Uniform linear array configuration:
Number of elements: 32
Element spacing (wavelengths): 1
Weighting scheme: cosine
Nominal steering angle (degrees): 30
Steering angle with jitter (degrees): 29.947
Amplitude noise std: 0.05
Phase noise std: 0.05

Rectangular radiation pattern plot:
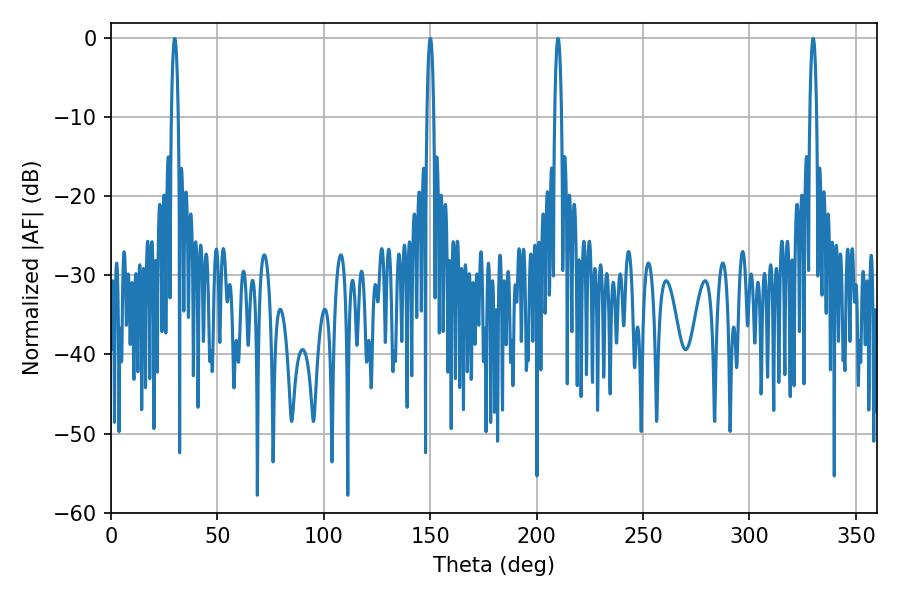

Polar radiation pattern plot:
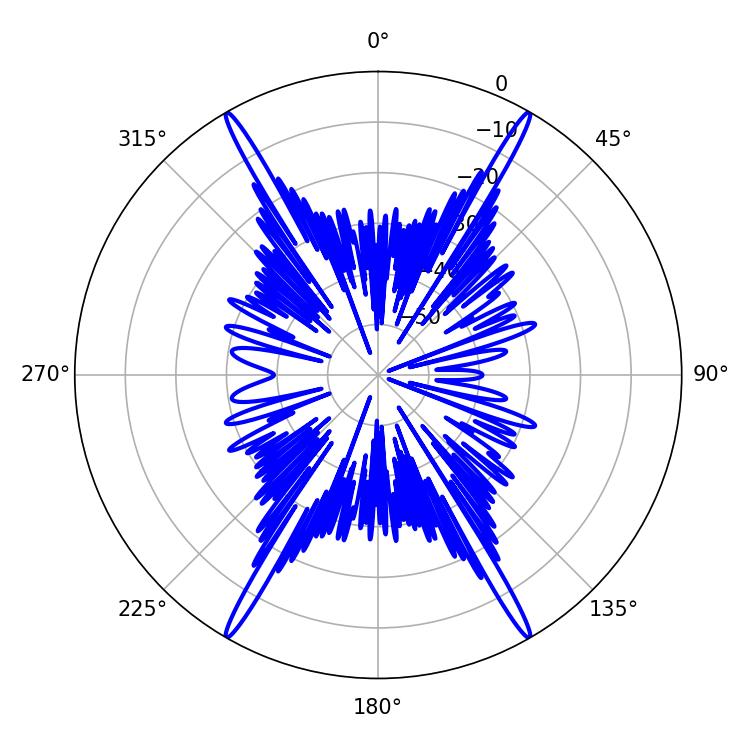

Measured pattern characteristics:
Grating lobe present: TRUE
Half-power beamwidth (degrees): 1.8
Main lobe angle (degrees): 329.94